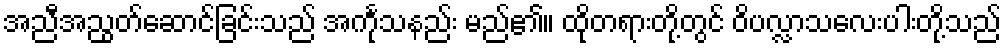
အညီအညွတ်ဆောင်ခြင်းသည် အင်္ကုသနည်း မည်၏။ ထိုတရားတို့တွင် ဝိပလ္လာသလေးပါးတို့သည်